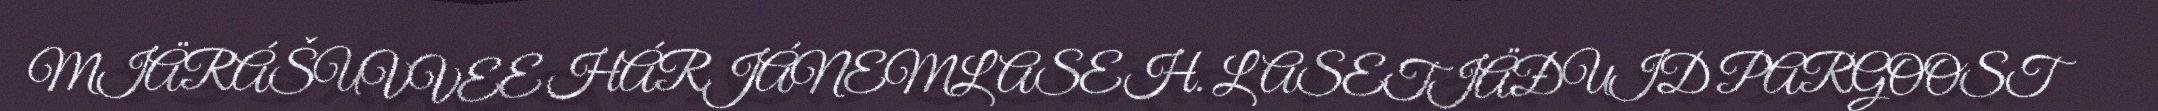
MIÄRÁŠUVVEE HÁRJÁNEMLASEH. LASETIÄĐUID PARGOOST